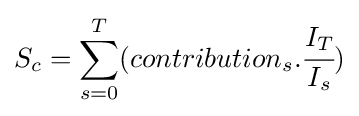
S_{c}=\sum _{s=0}^{T}(contribution_{s}.{\cfrac {I_{T}}{I_{s}}})